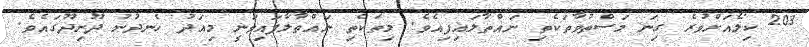
203 ކިލޯއަށްވުރެ ގިނަ މަސްތުވާތަކެތި ނައްތާލައިފިއެވެ. މިތަކެތި ނައްތާލާފައިވަނީ މިއަދު ހެނދުނު ދޫނިދޫގައެވެ.